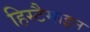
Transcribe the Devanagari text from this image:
हिस्टैमाइन